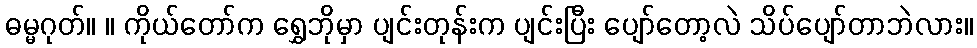
ဓမ္မဂုတ်။ ။ ကိုယ်တော်က ရွှေဘိုမှာ ပျင်းတုန်းက ပျင်းပြီး ပျော်တော့လဲ သိပ်ပျော်တာဘဲလား။